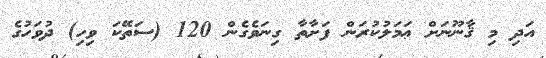
އަދި މި ޤާނޫނަށް ޢަމަލުކުރަން ފަށާތާ ގިނަވެގެން 120 (ސަތޭކަ ވިހި) ދުވަހުގެ